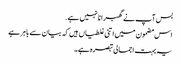
بس آپ نے گھبرانا نہیں ہے.
اس مضمون میں اتنی غلطیاں ہیں کہ بیان سے باہر ہے
یہ بہت اجمالی تبصرہ ہے۔